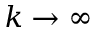
k \rightarrow \infty